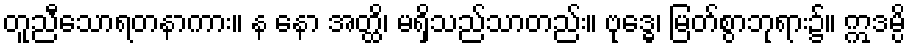
တူညီသောရတနာကား။ န နော အတ္ထိ၊ မရှိသည်သာတည်း။ ဗုဒ္ဓေ၊ မြတ်စွာဘုရား၌။ ဣဒမ္ပိ